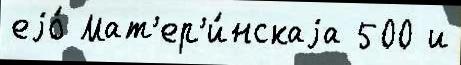
еjо́ Мат'ер'и́нскаjа 500 и